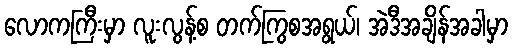
လောကကြီးမှာ လူးလွန့်စ တက်ကြွစအရွယ်၊ အဲဒီအချိန်အခါမှာ